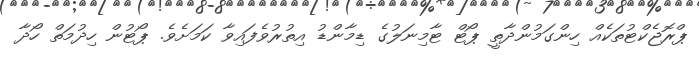
ޕްރޮޖެކްޓުތަކެއް ހިންގަމުންދާތީ ޕޯޓް ޓާމިނަލުގެ ޑިމާންޑު އިތުރުވެފައިވާ ކަމަށެވެ. ޕޯޓުން ހިދުމަތް ހޯދާ